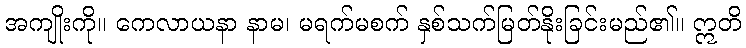
အကျိုးကို။ ကေလာယနာ နာမ၊ မရက်မစက် နှစ်သက်မြတ်နိုးခြင်းမည်၏။ ဣတိ